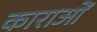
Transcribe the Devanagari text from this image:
काराओं